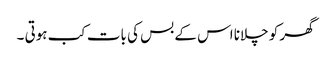
گھر کو چلانا اس کے بس کی بات کب ہوتی ۔